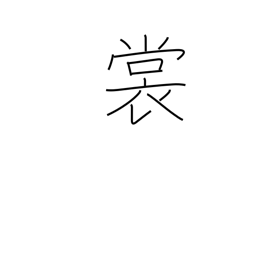
Meaning: skirt